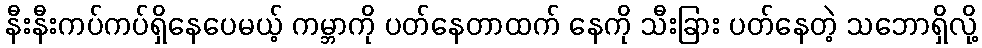
နီးနီးကပ်ကပ်ရှိနေပေမယ့် ကမ္ဘာကို ပတ်နေတာထက် နေကို သီးခြား ပတ်နေတဲ့ သဘောရှိလို့